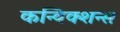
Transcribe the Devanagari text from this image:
कन्विक्शन्स